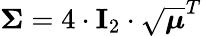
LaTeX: \mathbf{\Sigma}=4\cdot\mathbf{I}_{2}\cdot\sqrt{\boldsymbol{\mu}}^{T}